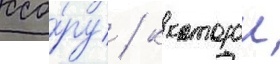
ссо́ру / к которои